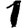
Digit: 1